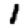
Digit: 1